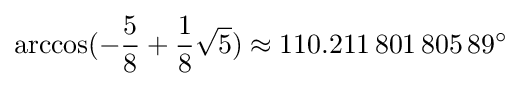
\arccos(-{\frac {5}{8}}+{\frac {1}{8}}{\sqrt {5}})\approx 110.211\,801\,805\,89^{\circ }